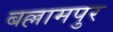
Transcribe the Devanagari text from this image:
बल्लामपुर